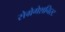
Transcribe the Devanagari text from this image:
सेग्रेगेशनिस्ट